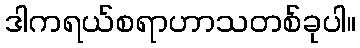
ဒါကရယ်စရာဟာသတစ်ခုပါ။